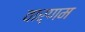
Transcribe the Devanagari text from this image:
वार्णम